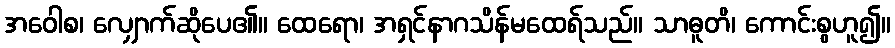
အဝေါစ၊ လျှောက်ဆိုပေ၏။ ထေရော၊ အရှင်နာဂသိန်မထေရ်သည်။ သာဓူတိ၊ ကောင်းစွဟူ၍။